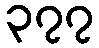
၃၇၇